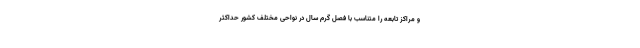
و مراکز تابعه را متناسب با فصل گرم سال در نواحی مختلف کشور حداکثر